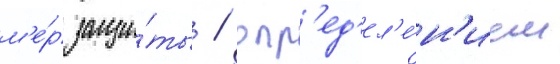
м'е́р защи́ты / опр'ед'ел'е́н'ием